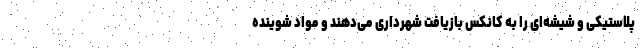
پلاستیکی و شیشه‌ای را به کانکس بازیافت شهرداری می‌دهند و مواد شوینده